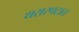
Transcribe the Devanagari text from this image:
थरारपटात